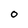
Character: O